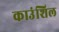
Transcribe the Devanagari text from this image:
काउंशिल